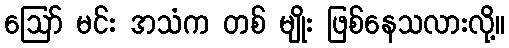
ဪ မင်း အသံက တစ် မျိုး ဖြစ်နေသလားလို့။